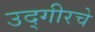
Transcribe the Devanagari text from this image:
उद्गीरचे